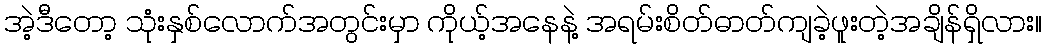
အဲ့ဒီတော့ သုံးနှစ်လောက်အတွင်းမှာ ကိုယ့်အနေနဲ့ အရမ်းစိတ်ဓာတ်ကျခဲ့ဖူးတဲ့အချိန်ရှိလား။